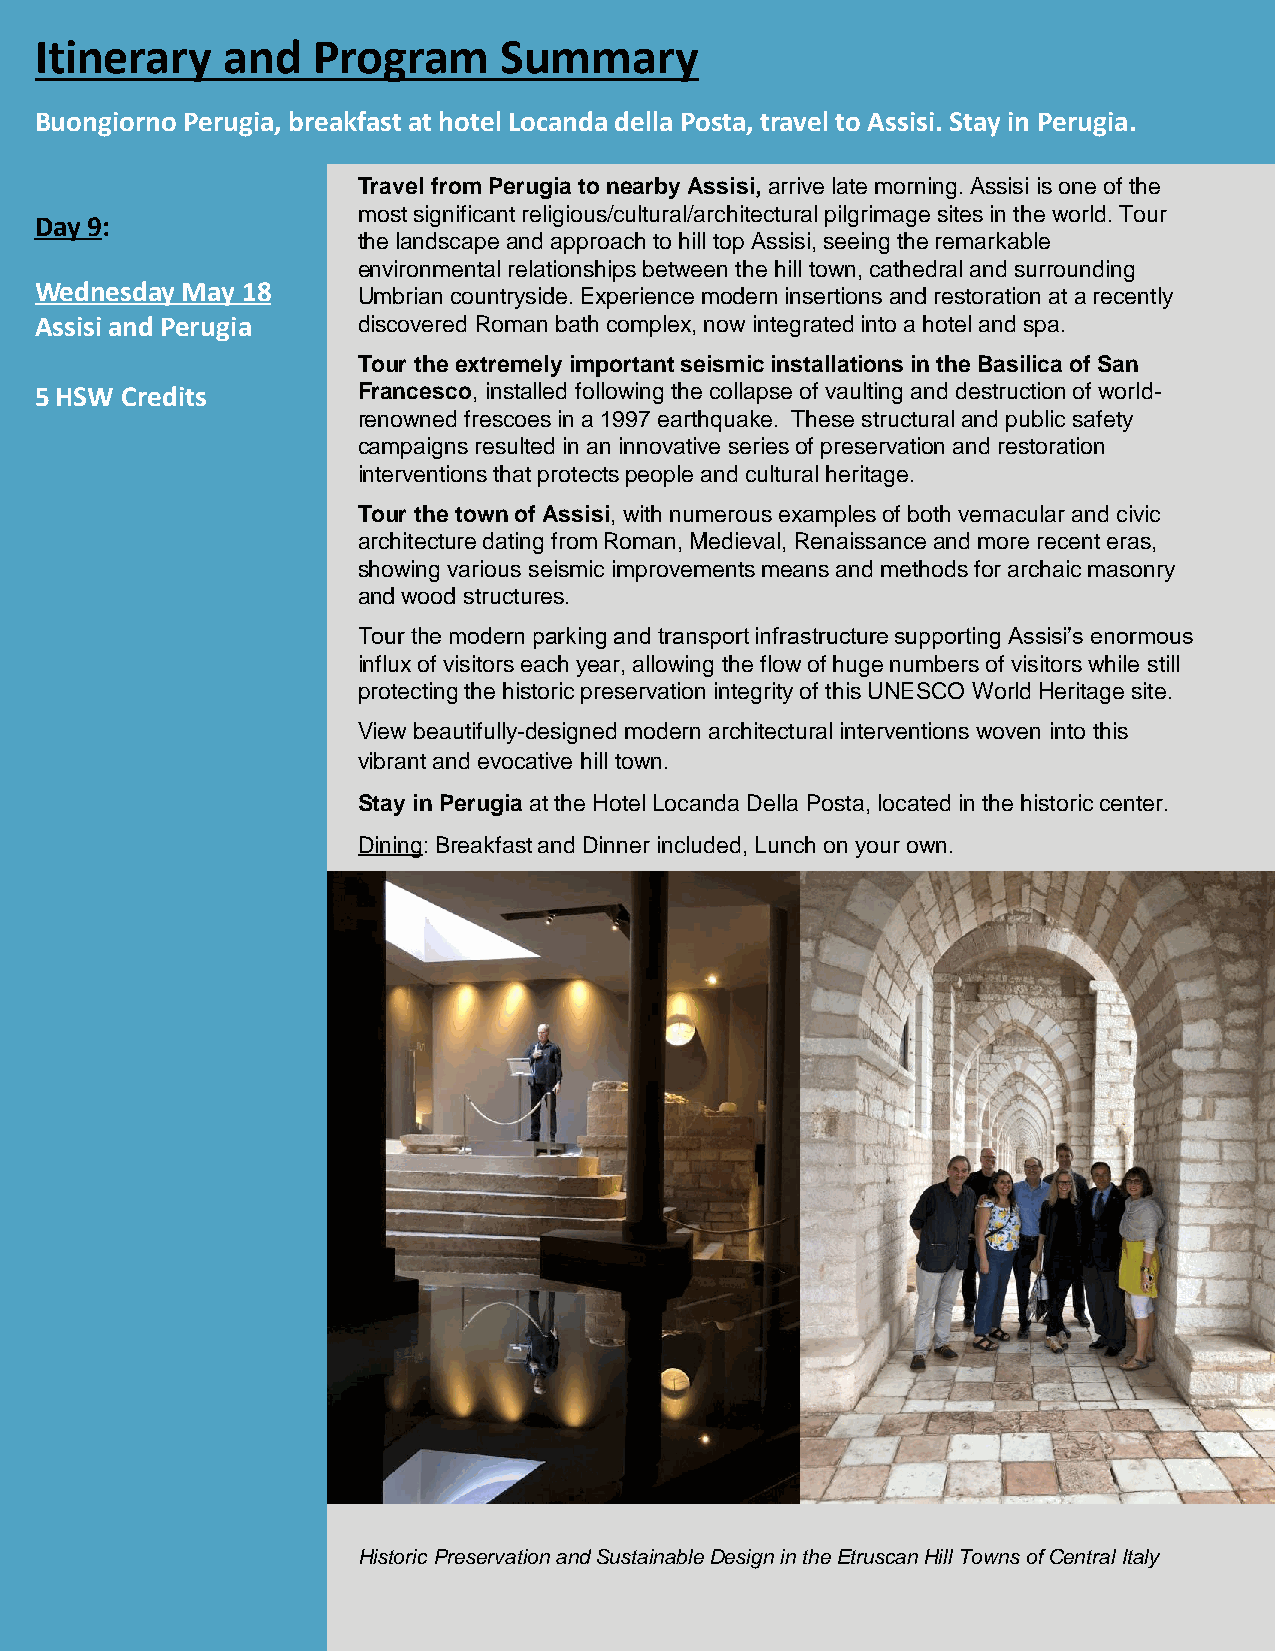
Itinerary    and   Program     Summary
 Buongiorno Perugia, breakfast at hotel Locanda della Posta, travel to Assisi. Stay in Perugia.
 Travel from Perugia to nearby Assisi, arrive late morning. Assisi is one of the
 most significant religious/cultural/architectural pilgrimage sites in the world. Tour
 Day 9:
 the landscape and approach to hill top Assisi, seeing the remarkable
 environmental relationships between the hill town, cathedral and surrounding
 Wednesday May 18
 Umbrian countryside. Experience modern insertions and restoration at a recently
 Assisi and Perugia    discovered Roman bath complex, now integrated into a hotel and spa.
 Tour the extremely important seismic installations in the Basilica of San
 5 HSW Credits         Francesco, installed following the collapse of vaulting and destruction of world-
 renowned frescoes in a 1997 earthquake. These structural and public safety
 campaigns resulted in an innovative series of preservation and restoration
 interventions that protects people and cultural heritage.
 Tour the town of Assisi, with numerous examples of both vernacular and civic
 architecture dating from Roman, Medieval, Renaissance and more recent eras,
 showing various seismic improvements means and methods for archaic masonry
 and wood structures.
 Tour the modern parking and transport infrastructure supporting Assisi’s enormous
 influx of visitors each year, allowing the flow of huge numbers of visitors while still
 protecting the historic preservation integrity of this UNESCO World Heritage site.
 View beautifully-designed modern architectural interventions woven into this
 vibrant and evocative hill town.
 Stay in Perugia at the Hotel Locanda Della Posta, located in the historic center.
 Dining: Breakfast and Dinner included, Lunch on your own.
 HistoricPreservationandSustainableDesignintheEtruscanHill TownsofCentralItaly